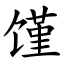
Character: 馑